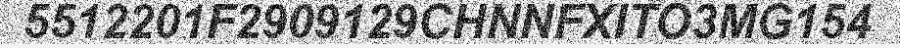
5512201F2909129CHNNFXITO3MG154